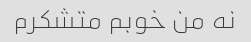
نه من خوبم متشکرم